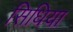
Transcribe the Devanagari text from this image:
सिधिया